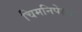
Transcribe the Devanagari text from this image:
चिमनिपेक्षा